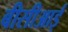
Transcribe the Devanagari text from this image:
बीसीआई